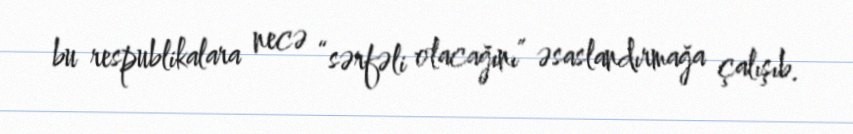
bu respublikalara necə “sərfəli olacağını” əsaslandırmağa çalışıb.